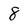
Character: 8